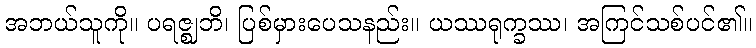
အဘယ်သူကို။ ပရဇ္ဈဘိ၊ ပြစ်မှားပေသနည်း။ ယဿရုက္ခဿ၊ အကြင်သစ်ပင်၏။